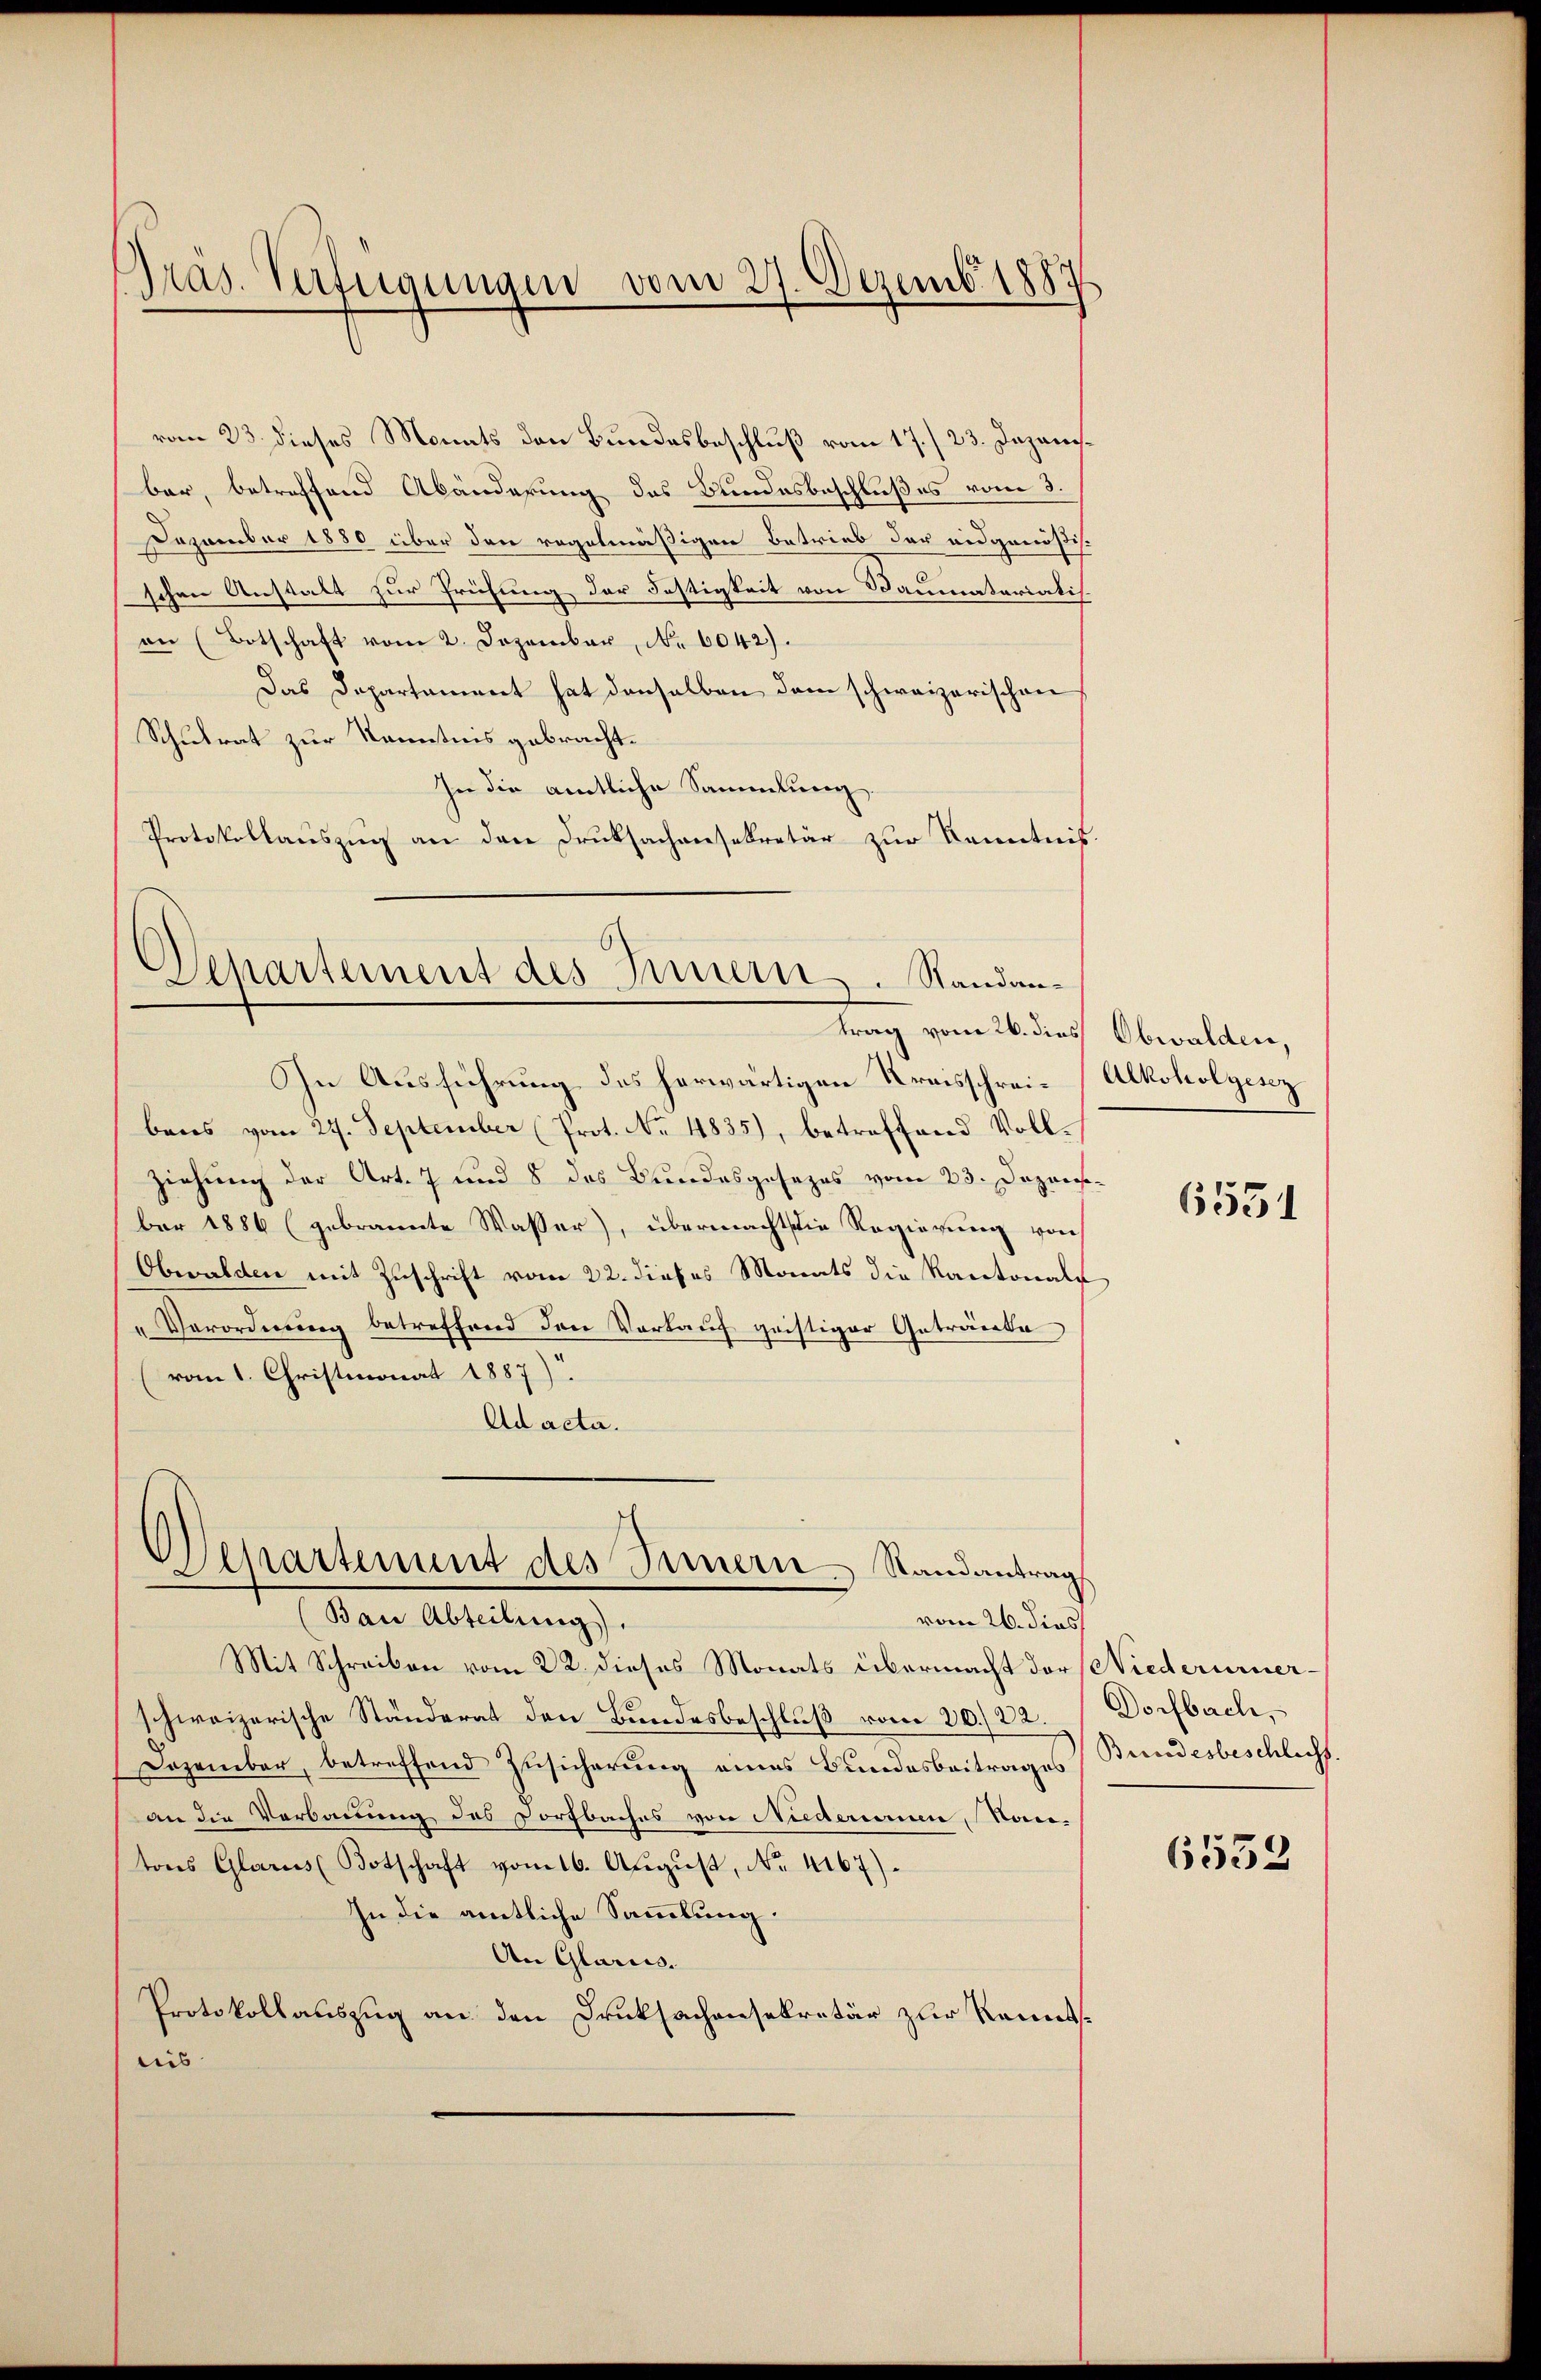
Präs. Verfügungen vom 27. Dezemb. 1889

vom 23 dieses Monats den Bundesbeschluß vom 17./ 23. Japanibar, betreffend Abänderung des Bundesbeschlußes vom 3.
Dezember 1880 über den regelmäßigen Betrieb der eidgenößisschen Anstalt zur Prüfung der Festigkeit von Baumatariatis.
an (Botschaft vom 2. Dezember, No 6042).
Das Departament hat denselben dem schweizerischen
Schulrat zur Kenntnis gebracht.
In die amtliche Sammlung.
Protokollauszug an den Druksachensekretär zur Kenntniß

Departement des Innern. Standantrag vom 26. dies Obwalden,

In Ausführung des herwärtigen Kreisschrei- Alkoholzesz
bens vom 27. September (Prot. No 4835), betreffend Vollziehung der Art. 7 und 8 das Bundesgesezes vom 23. Dezans
ber 1886 (gebrannte Wasser), übermacht die Regierung von
Obwalden mit Zuschrift vom 22. dieses Monats die Kantonals
Verordnung betreffend den Vorkauf geistiger Getränke
vom 1. Christmonat 1887)
Ad acta.

Departement des Innern. Randantrag
Bau Abteilung).
vom 26. dies

Mit Schreiben vom 22. dieses Monats übermacht der Niederurnerschweizerische Ständerat den Bundesbeschluß vom 20./22. Dorfbach,
Dozember, betreffend Zusicherung eines Bundesbeitrages Bundesbeschlichs
an die Verbauung des Dorfbaches von Nuderenen, Nan-
tons Glarus Botschaft vom 16. August, No. 4167).
In die amtliche Sammlung.
An Glarus.
Protokollauszug an den Druksachensekretär zur Kenntlis

6531

6552